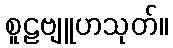
စူဠဗျူဟသုတ်။